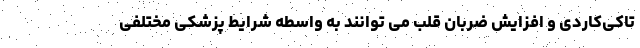
تاکی‌کاردی و افزایش ضربان قلب می توانند به واسطه شرایط پزشکی مختلفی